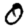
Digit: 0